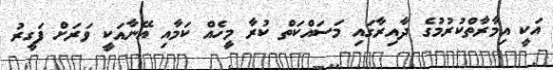
އަކީ އިމާރާތްކުރުމުގެ ދާއިރާގައި މަސައްކަތް ކުރާ މީހެއް ކަމާއި އޭނާއަކީ ވަަރަށް ފަގީރު